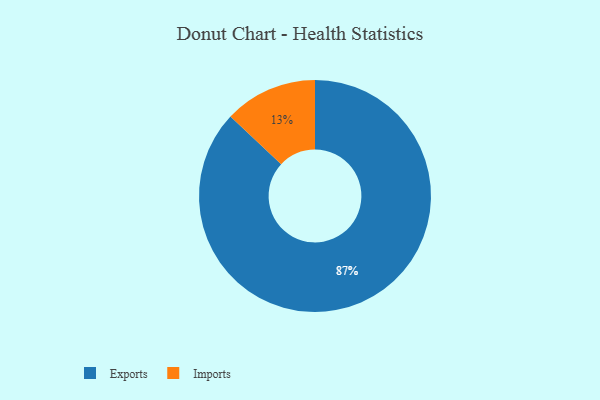
{"axis": {"x": "Category", "y": "Percentage"}, "legend": ["Exports", "Imports"], "data": [{"x": "Imports", "y": 13, "type": "Imports"}, {"x": "Exports", "y": 87, "type": "Exports"}]}